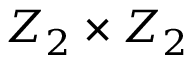
Z _ { 2 } \times Z _ { 2 }